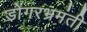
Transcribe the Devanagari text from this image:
डोंगरभ्रमंती